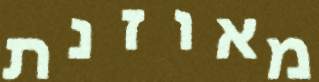
מאוזנת